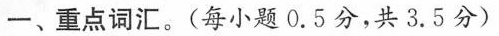
一、重点词汇。(每小题0.5分，共3.5分)